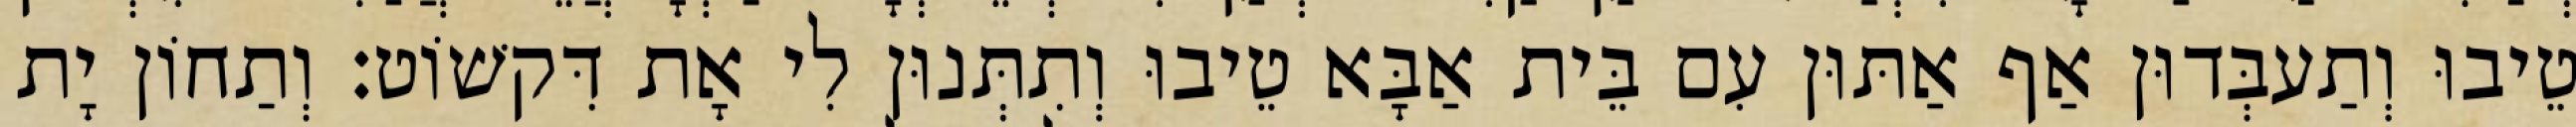
טֵיבוּ וְתַעבְּדוּן אַף אַתּוּן עִם בֵּית אַבָּא טֵיבוּ וְתִתְּנוּן לִי אָת דִּקשׁוֹט׃ וְתַחוֹן יָת